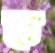
ক